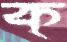
ক্